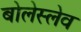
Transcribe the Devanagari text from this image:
बोलेस्लेव